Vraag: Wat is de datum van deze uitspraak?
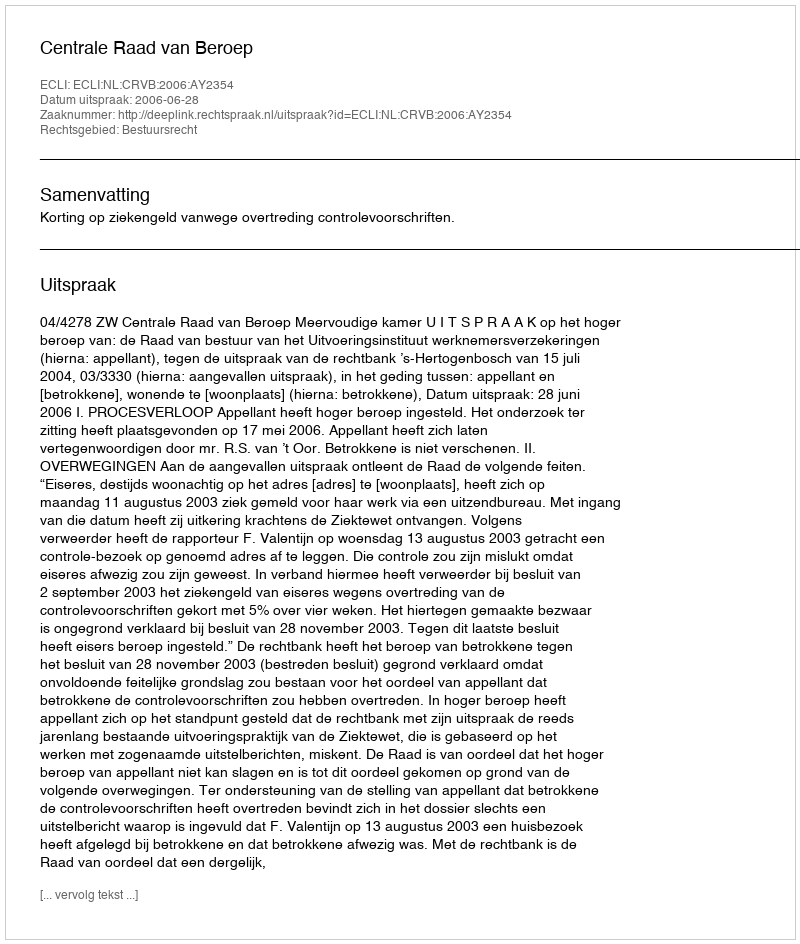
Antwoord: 2006-06-28